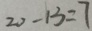
2 0 - 1 3 = 7